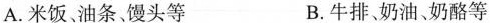
A.米饭、油条馒头等 B.牛排、奶油、奶酪等